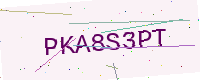
Text: PKA8S3PT